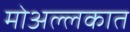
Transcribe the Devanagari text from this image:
मोअल्लकात